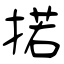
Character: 掿